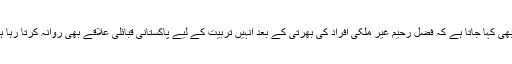
یہ بھی کہا جاتا ہے کہ فضل رحیم غیر ملکی افراد کی بھرتی کے بعد انہیں تربیت کے لیے پاکستانی قبائلی علاقے بھی روانہ کرتا رہا ہے۔